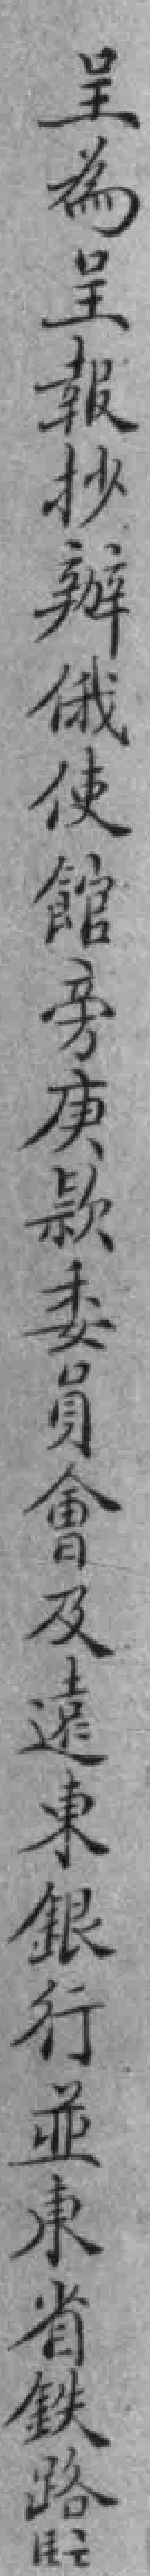
呈為呈報抄辦俄使館旁庚款委員會及遠東銀行並東省鉄路駐